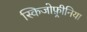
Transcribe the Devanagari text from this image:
स्किजोफ़्रीनिया